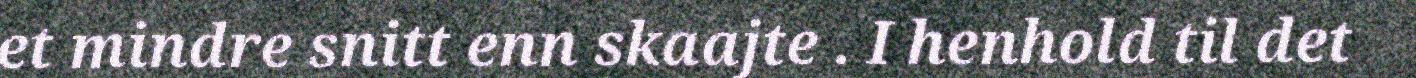
et mindre snitt enn skaajte . I henhold til det